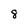
Character: 8